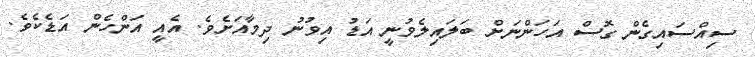
ސިއްސައިގެން ގޮސް އަހަންނަށް ބަލައިލެވުނީ އަޑު އިވުނު ދިމާއަށެވެ. އެއީ އަންހެން އަޑެކެވެ.